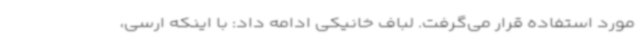
مورد استفاده قرار می‌گرفت. لباف خانیکی ادامه داد: با اینکه ارسی،